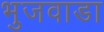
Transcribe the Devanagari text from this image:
भुजवाडा